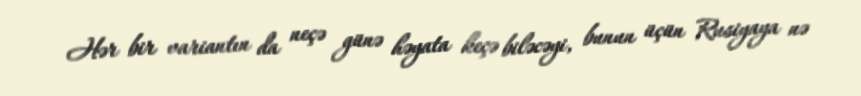
Hər bir variantın da neçə günə həyata keçə biləcəyi, bunun üçün Rusiyaya nə